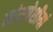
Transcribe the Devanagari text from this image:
मांसपेशीयां